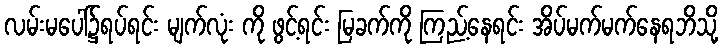
လမ်းမပေါ်၌ရပ်ရင်း မျက်လုံး ကို ဖွင့်ရင်း မြခက်ကို ကြည့်နေရင်း အိပ်မက်မက်နေရဘိသို့